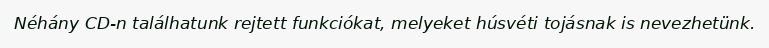
Néhány CD-n találhatunk rejtett funkciókat, melyeket húsvéti tojásnak is nevezhetünk.